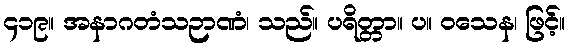
၄၁၉။ အနာဂတံသဉာဏံ၊ သည်။ ပရိတ္တာ။ ပ။ ဝသေန၊ ဖြင့်။